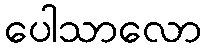
ပေါသာလော